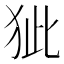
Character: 𤝭